Scottish Certificate of Education, 1962
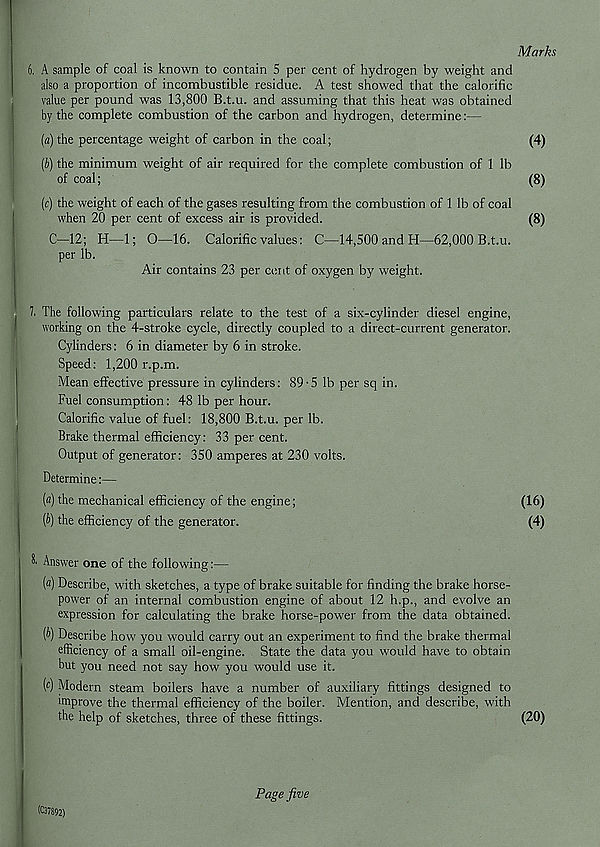
Marks
6. A sample of coal is known to contain 5 per cent of hydrogen by weight and
also a proportion of incombustible residue. A test showed that the calorific
value per pound was 13,800 B.t.u. and assuming that this heat was obtained
by the complete combustion of the carbon and hydrogen, determine:—
(a) the percentage weight of carbon in the coal;
(4)
(5) the minimum weight of air required for the complete combustion of 1 lb
of coal;
(8)
(c) the weight of each of the gases resulting from the combustion of 1 lb of coal
when 20 per cent of excess air is provided.
(8)
C—12; H—1; 0—16. Calorific values: C—14,500 and H—62,000 B.t.u.
per lb.
Air contains 23 per cent of oxygen by weight.
7. The following particulars relate to the test of a six-cylinder diesel engine,
working on the 4-stroke cycle, directly coupled to a direct-current generator.
Cylinders: 6 in diameter by 6 in stroke.
Speed: 1,200 r.p.m.
Mean effective pressure in cylinders: 89-5 lb per sq in.
Fuel consumption: 48 lb per hour.
Calorific value of fuel: 18,800 B.t.u. per lb.
Brake thermal efficiency: 33 per cent.
Output of generator: 350 amperes at 230 volts.
Determine:—
(fl)the mechanical efficiency of the engine;
{b) the efficiency of the generator.
8' Answer one of the following:—
(a) Describe, with sketches, a type of brake suitable for finding the brake horse-
power of an internal combustion engine of about 12 h.p., and evolve an
expression for calculating the brake horse-power from the data obtained.
[b) Describe how you would carry out an experiment to find the brake thermal
efficiency of a small oil-engine. State the data you would have to obtain
but you need not say how you would use it.
(t) Modern steam boilers have a number of auxiliary fittings designed to
improve the thermal efficiency of the boiler. Mention, and describe, with
the help of sketches, three of these fittings.
(20)
(16)
(4)
(C37892)
Page five